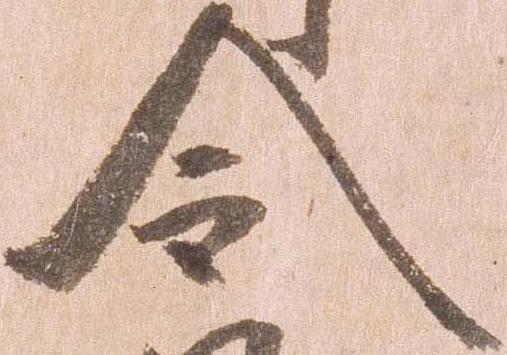
令